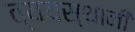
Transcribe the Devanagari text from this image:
व्ययस्थानी